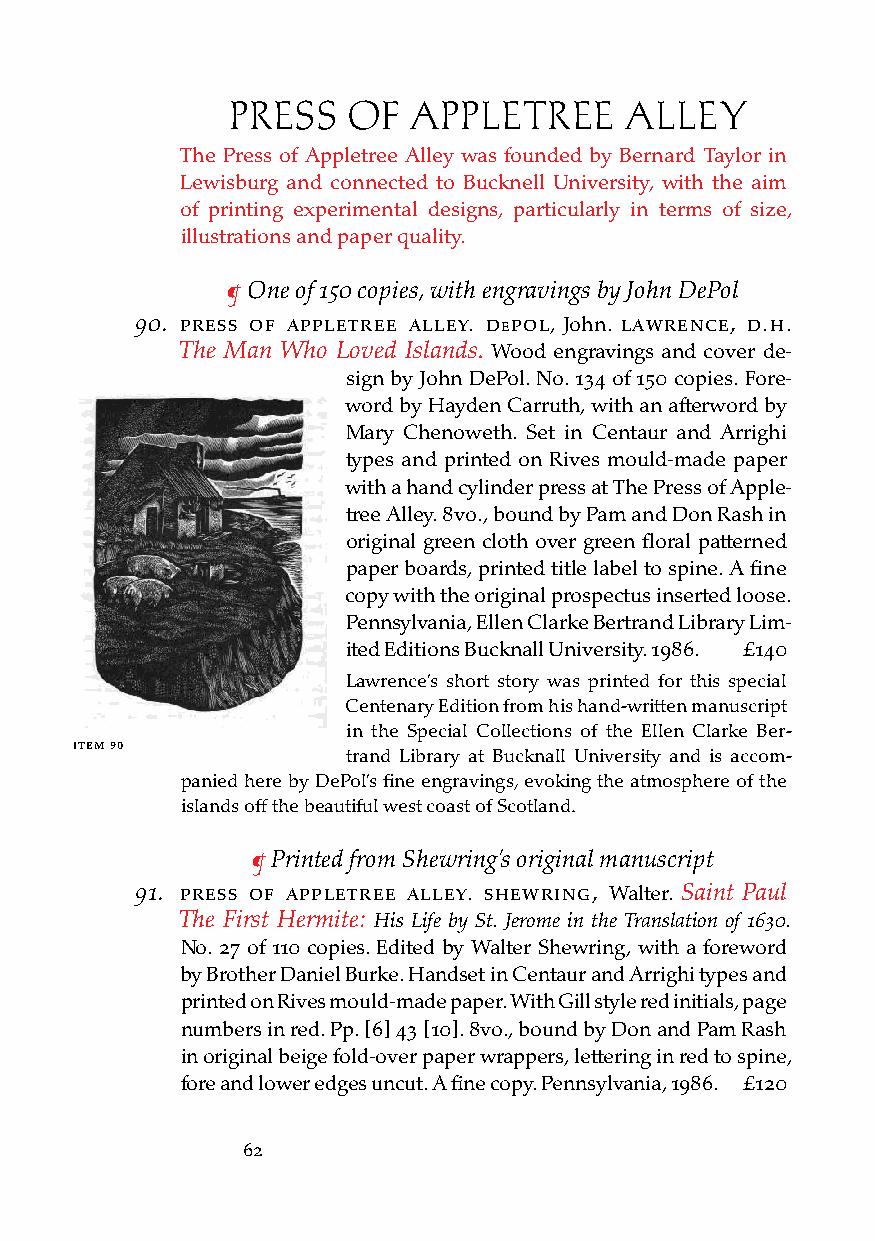
PRESS   Of  APPLETREE     ALLEY
 The Press of Appletree Alley was founded by Bernard Taylor in
 Lewisburg and connected to Bucknell University, with the aim
 of printing experimental designs, particularly in terms of size,
 illustrations and paper quality.
 ¶ One of 150 copies, with engravings by John DePol
 90. Press of aPPletree alley. dePol, John. laWrence, d.H.
 The Man Who Loved Islands. Wood engravings and cover de-
 sign by John DePol. No. 134 of 150 copies. Fore-
 word by Hayden Carruth, with an afterword by
 Mary Chenoweth. Set in Centaur and Arrighi
 types and printed on Rives mould-made paper
 with a hand cylinder press at The Press of Apple-
 tree Alley. 8vo., bound by Pam and Don Rash in
 original green cloth over green floral patterned
 paper boards, printed title label to spine. A fine
 copy with the original prospectus inserted loose.
 Pennsylvania, Ellen Clarke Bertrand Library Lim-
 ited Editions Bucknall University. 1986. £140
 Lawrence’s short story was printed for this special
 Centenary Edition from his hand-written manuscript
 in the Special Collections of the Ellen Clarke Ber-
 iteM 90
 trand Library at Bucknall University and is accom-
 panied here by DePol’s fine engravings, evoking the atmosphere of the
 islands off the beautiful west coast of Scotland.
 ¶ Printed from Shewring’s original manuscript
 91. Press of aPPletree alley. sHeWring, Walter. Saint Paul
 The First Hermite: His Life by St. Jerome in the Translation of 1630.
 No. 27 of 110 copies. Edited by Walter Shewring, with a foreword
 by Brother Daniel Burke. Handset in Centaur and Arrighi types and
 printed on Rives mould-made paper. With Gill style red initials, page
 numbers in red. Pp. [6] 43 [10]. 8vo., bound by Don and Pam Rash
 in original beige fold-over paper wrappers, lettering in red to spine,
 fore and lower edges uncut. A fine copy. Pennsylvania, 1986. £120
 62